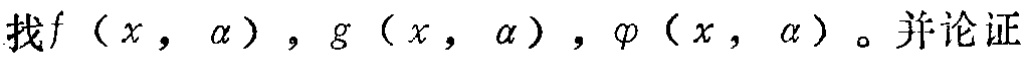
找\(f(x,\alpha)\)，\(g(x,\alpha)\)，\(\varphi(x,\alpha)\)。并论证